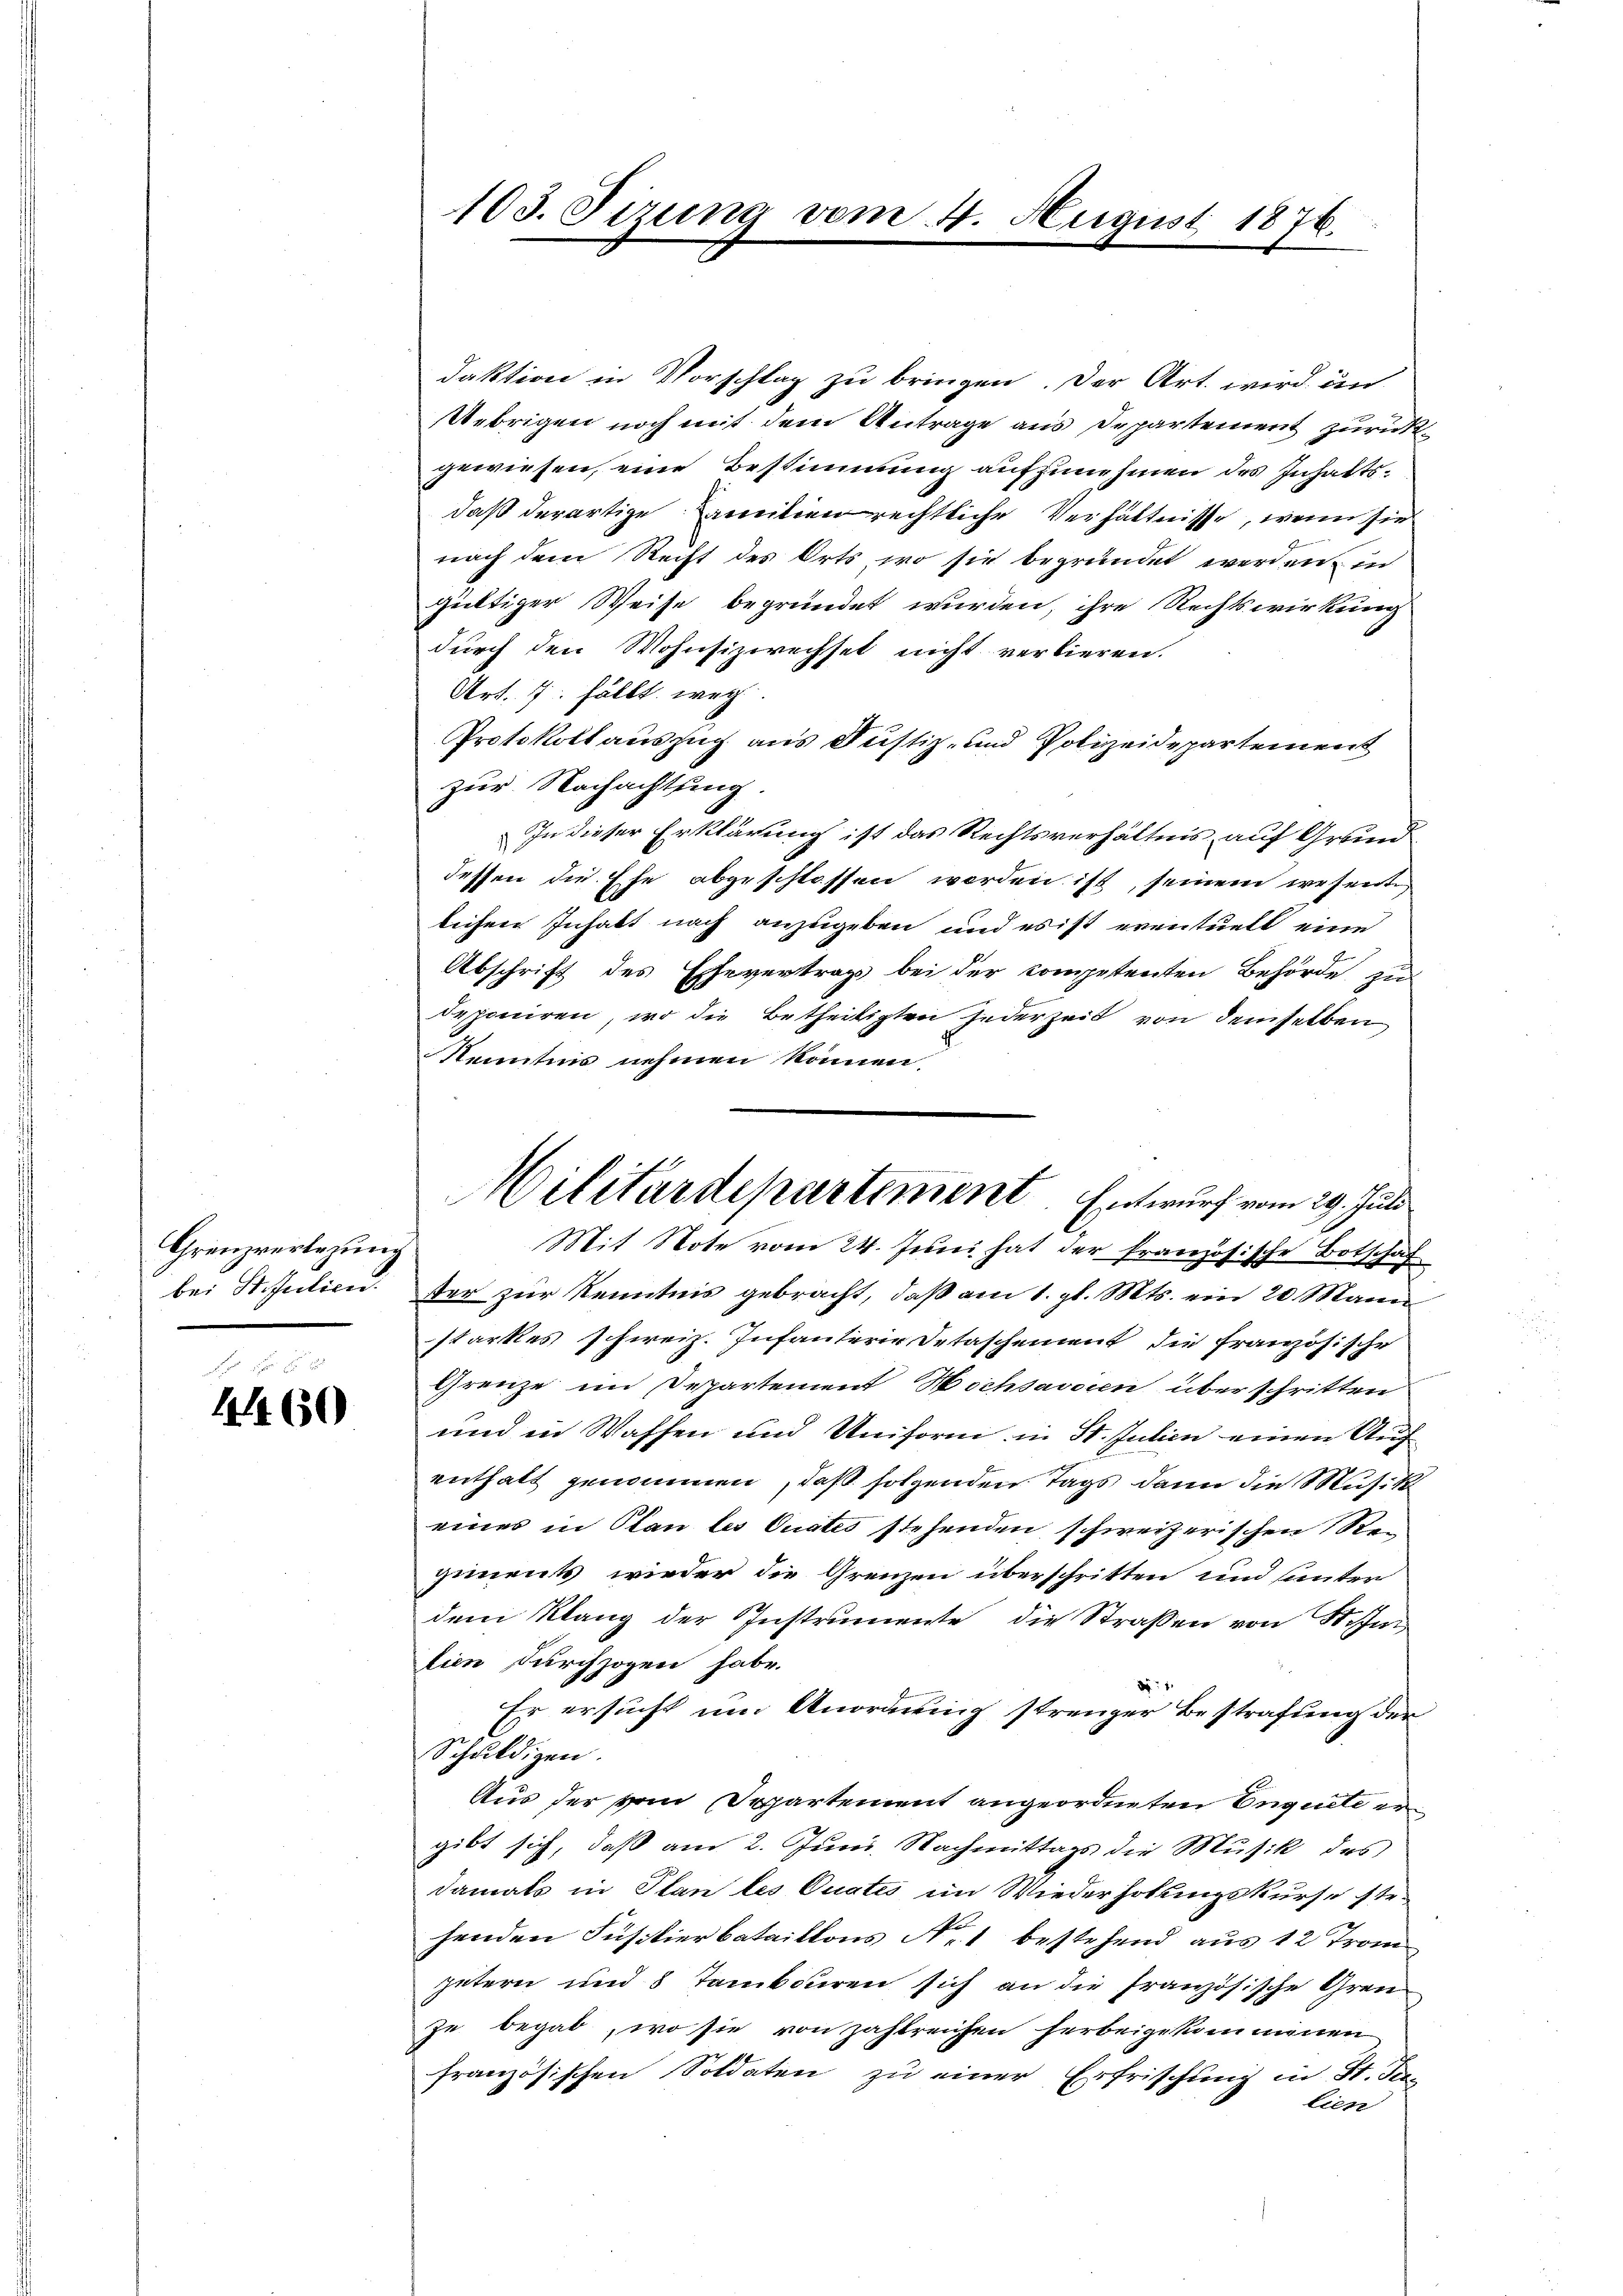
Grenzverlegung
bei Stiferticis.

l
4460

103. Sizung

daktion in Vorschlag zu bringen. Der Art. wird un
Uebrigen noch mit dem Antrage aus Departement zurückgewiesen, eine Bestimmung aufzunehmen des Inhaltsdaß derartige Familien rechtliche Verhältnisse, wenn sie
nach dem Recht des Orts wo sie begründet werden in
gültiger Weise begründet wurden, ihre Rechtswirkung
durch den Wohnsizirechtet nicht verbieren.
Art. 7: fällt. weg
Protokollauszug aus Justiz- und Polizeidepartement
zur Nachachtung.
In dieser Erklärung ist das Rechtsverhältnis auf Grund
dessen die Ehe abgeschlossen werden ist, seinem wesente
lichen Inhalt nach anzugeben und es ist eventuell eine
Abschrift des Ehevertrags bei der competenten Behörde zu
deponiren, wo die Betheiligten jederzeit von demselben
Kenntnis nehmen können.
Mit Note vom 24. Juni hat der französische Botschäf
ter zur Kenntnis gebracht, daß am 1. gl. Mts. ein 20 Mann
starkes schweiz. Infanterie Detaschement die französische
Grenze im Departement Hochsavoren überschritten
und in Waffen und Uniform in St. Julien einen Auf
enthalt genommen, daß folgenden Tags dann die Musik
eines in Plan les Curates stehenden schweizerischen Regiments, wieder die Grenzen überschritten und sunter
dem Klang der Instrumente, die Strassen von Stim
tien durchzogen habe.
1
Er ersucht um Anordnung strenger Bestrafung der
Schuldigen.
Aus der vom Departement angeordneten Enquete ergibt sich, daß am 2. Juni. Nachmittags die Musik des
damals in Plan les Quates im Wiederholungskurse str.
henden Füsilierbataillons Nr. 1 bestehend aus 12 Trompetern und 8 Tambouren sich an die französische Gren
zu begab, wo sie von zahlreichen herbeigekommnen
französischen Soldaten zu einer Erfrischung in St. Jen
lien

Militärdepartement. Entwurf vom 29. Juli

u 4. August 1876.